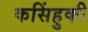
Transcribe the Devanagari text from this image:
कसिंहुकी